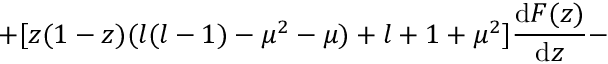
+ [ z ( 1 - z ) ( l ( l - 1 ) - \mu ^ { 2 } - \mu ) + l + 1 + \mu ^ { 2 } ] \frac { \mathrm { d } F ( z ) } { \mathrm { d } z } -